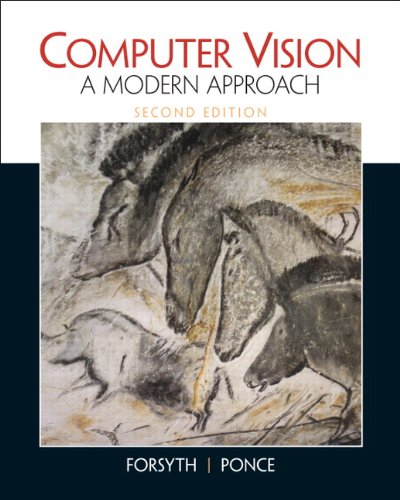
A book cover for Computer Vision: A Modern Approach (2nd Edition); David A. Forsyth; Computers & Technology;